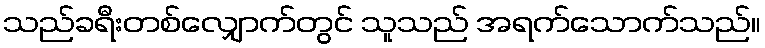
သည်ခရီးတစ်လျှောက်တွင် သူသည် အရက်သောက်သည်။